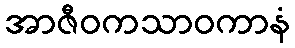
အာဇီဝကသာဝကာနံ